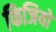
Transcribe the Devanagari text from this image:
फिजियों